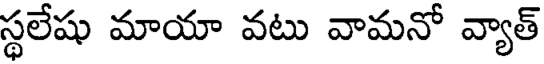
స్థలేషు మాయా వటు వామనో వ్యాత్